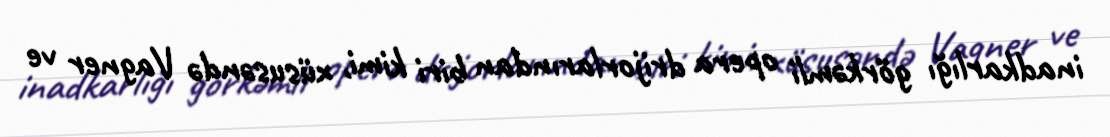
inadkarlığı görkəmli opera drijorlarından biri kimi, xüsusəndə Vagner ve